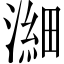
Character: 𪷉